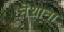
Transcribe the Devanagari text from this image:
नेशाना